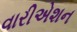
વારીએશન